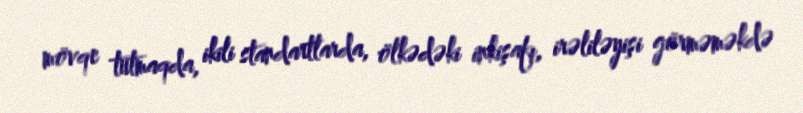
mövqe tutmaqda, ikili standartlarda, ölkədəki inkişafı, irəliləyişi görməməkdə